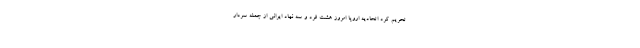
تحریم کرد اتحادیه اروپا امروز هشت فرد و سه نهاد ایرانی از جمله سردار